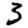
Digit: 3